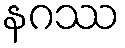
နဂဿ